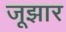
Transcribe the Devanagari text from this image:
जूझार